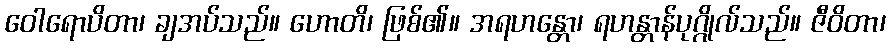
ဝေါရောပိတာ၊ ချအပ်သည်။ ဟောတိ၊ ဖြစ်၏။ အရဟန္တော၊ ရဟန္တာန်ပုဂ္ဂိုလ်သည်။ ဇီဝိတာ၊